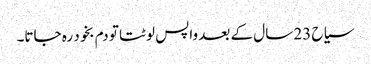
سیاح 23 سال کے بعد واپس لوٹتا تو دم بخود رہ جاتا۔